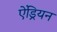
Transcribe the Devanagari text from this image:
ऐंड्रियन